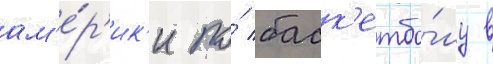
ам'е́р'ик'и по́ баск'етбо́лу в